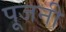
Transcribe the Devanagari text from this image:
पूजनी